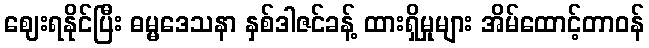
ဈေးရနိုင်ပြီး ဓမ္မဒေသနာ နှစ်ဒါဇင်ခန့် ထားရှိမှုများ အိမ်ထောင့်တာဝန်